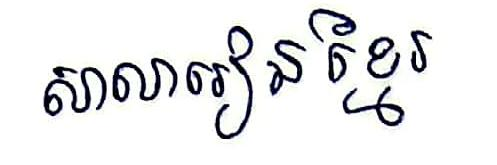
សាលារៀនខ្មែរ